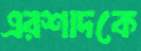
এরশাদকে